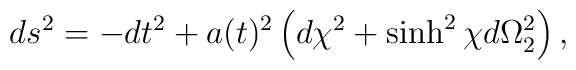
ds^2=-dt^2+a(t)^2\left(d\chi^2+\sinh^2 \chi d\Omega_2^2 \right),